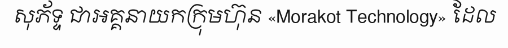
សុភ័ទ្ទ ជាអគ្គនាយកក្រុមហ៊ុន «Morakot Technology» ដែល